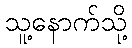
သူ့နောက်သို့